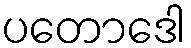
ပတောဒေါ